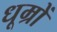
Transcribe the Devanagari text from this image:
धूम्रों